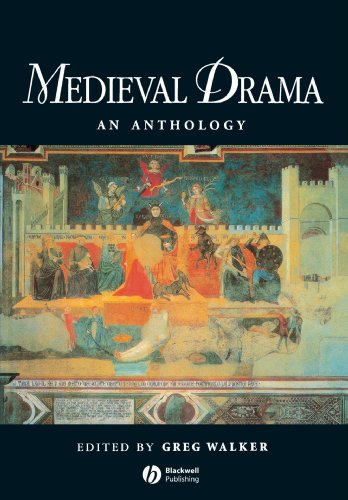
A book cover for Medieval Drama: An Anthology; Greg Walker; Literature & Fiction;